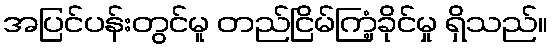
အပြင်ပန်းတွင်မူ တည်ငြိမ်ကြံ့ခိုင်မှု ရှိသည်။